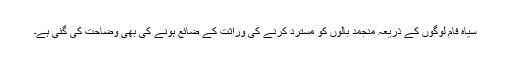
سیاہ فام لوگوں کے ذریعہ منجمد بالوں کو مسترد کرنے کی وراثت کے ضائع ہونے کی بھی وضاحت کی گئی ہے۔